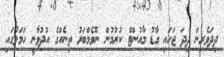
ދިދަވެރިން ދިދަ ޖަހައި ގާޑު މާއުންޓް ކުރުމުން ނޮވެމްބަރު ތިނެއްގެ އުދުވާނީ ހަމަލާގައި